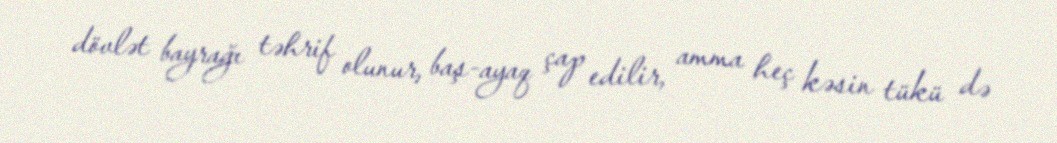
dövlət bayrağı təhrif olunur, baş-ayaq çap edilir, amma heç kəsin tükü də